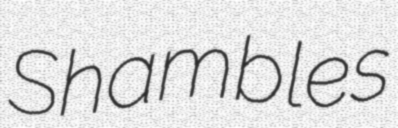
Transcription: Shambles